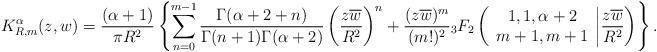
LaTeX: \begin{align*} K^{\alpha}_{R,m}(z,w) = \frac{(\alpha+1)}{\pi R^{2}} \left\{\sum\limits_{n=0}^{m-1}\frac{\Gamma(\alpha+2+n)}{\Gamma(n+1)\Gamma(\alpha+2)}\left(\frac{z\overline{w}}{R^{2}}\right)^{n}+ \frac{ (z\overline{w})^{m}}{(m!)^2} {_3F_2}\left( \begin{array}{c} 1,1 ,\alpha+2\\m+1,m+1\end{array}\bigg| \frac{z\overline{w}}{R^{2}} \right) \right\}.\end{align*}